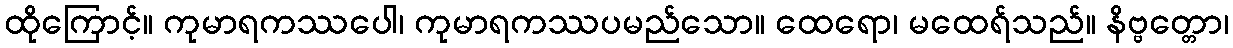
ထိုကြောင့်။ ကုမာရကဿပေါ၊ ကုမာရကဿပမည်သော။ ထေရော၊ မထေရ်သည်။ နိဗ္ဗတ္တော၊